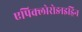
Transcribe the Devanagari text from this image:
एपिक्लोरोङाइड्रिन